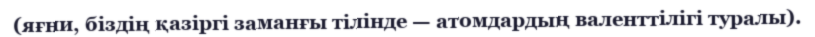
(яғни, біздің қазіргі заманғы тілінде — атомдардың валенттілігі туралы).